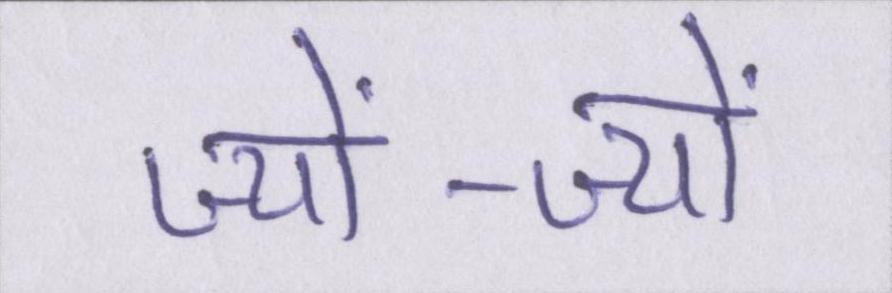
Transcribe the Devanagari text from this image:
ज्यों-ज्यों